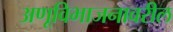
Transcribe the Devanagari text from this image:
अणूविभाजनावरील